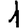
Digit: 1